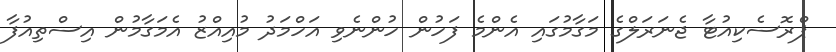
ޕްރޮސެކިއުޓާ ޖެނަރަލްގެ މަގާމުގައި އެންމެ ފަހުން ހުންނެވި އަހްމަދު މުއިއްޒު އެމަގާމުން އިސްތިއުފާ